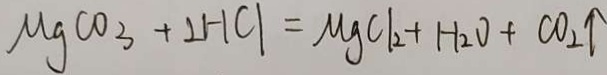
M g C O _ { 3 } + 2 H C l = M g C l _ { 2 } + H _ { 2 } O + C O _ { 2 } \uparrow